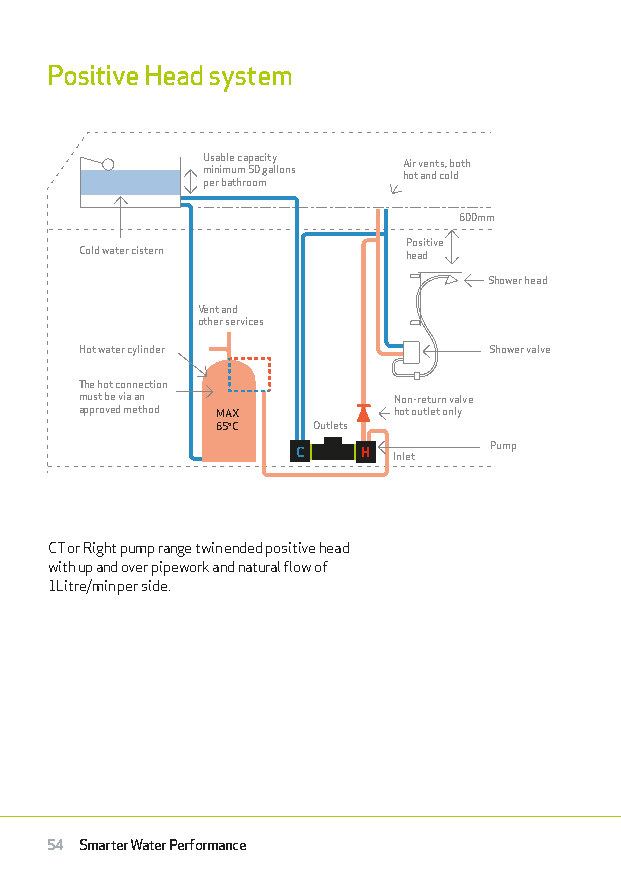
Positive Head system
 Usable capacity Air vents, both
 minimum 50 gallons hot and cold
 per bathroom
 600mm
 Positive
 Cold water cistern    head
 Shower head
 Vent and
 other services
 Hot water cylinder         Shower valve
 The hot connection
 must be via an       Non-return valve
 approved method MAX  hot outlet only
 65oC   Outlets
 Pump
 C   H Inlet
 CT or Right pump range twin ended positive head
 with up and over pipework and natural flow of
 1Litre/min per side.
 54 Smarter Water Performance